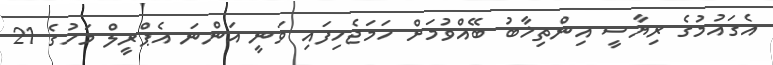
އެގައުމުގެ ރިޔާސީ އިންތިޚާބު ބޭއްވުމަށް ހަމަޖެހިފައި ވަނީ އަންނަ އެޕްރީލް މަހުގެ 21